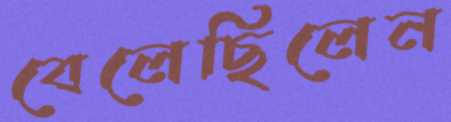
বেলেছিলেন